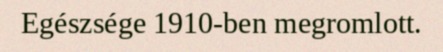
Egészsége 1910-ben megromlott.